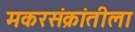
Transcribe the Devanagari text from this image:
मकरसंक्रांतीला